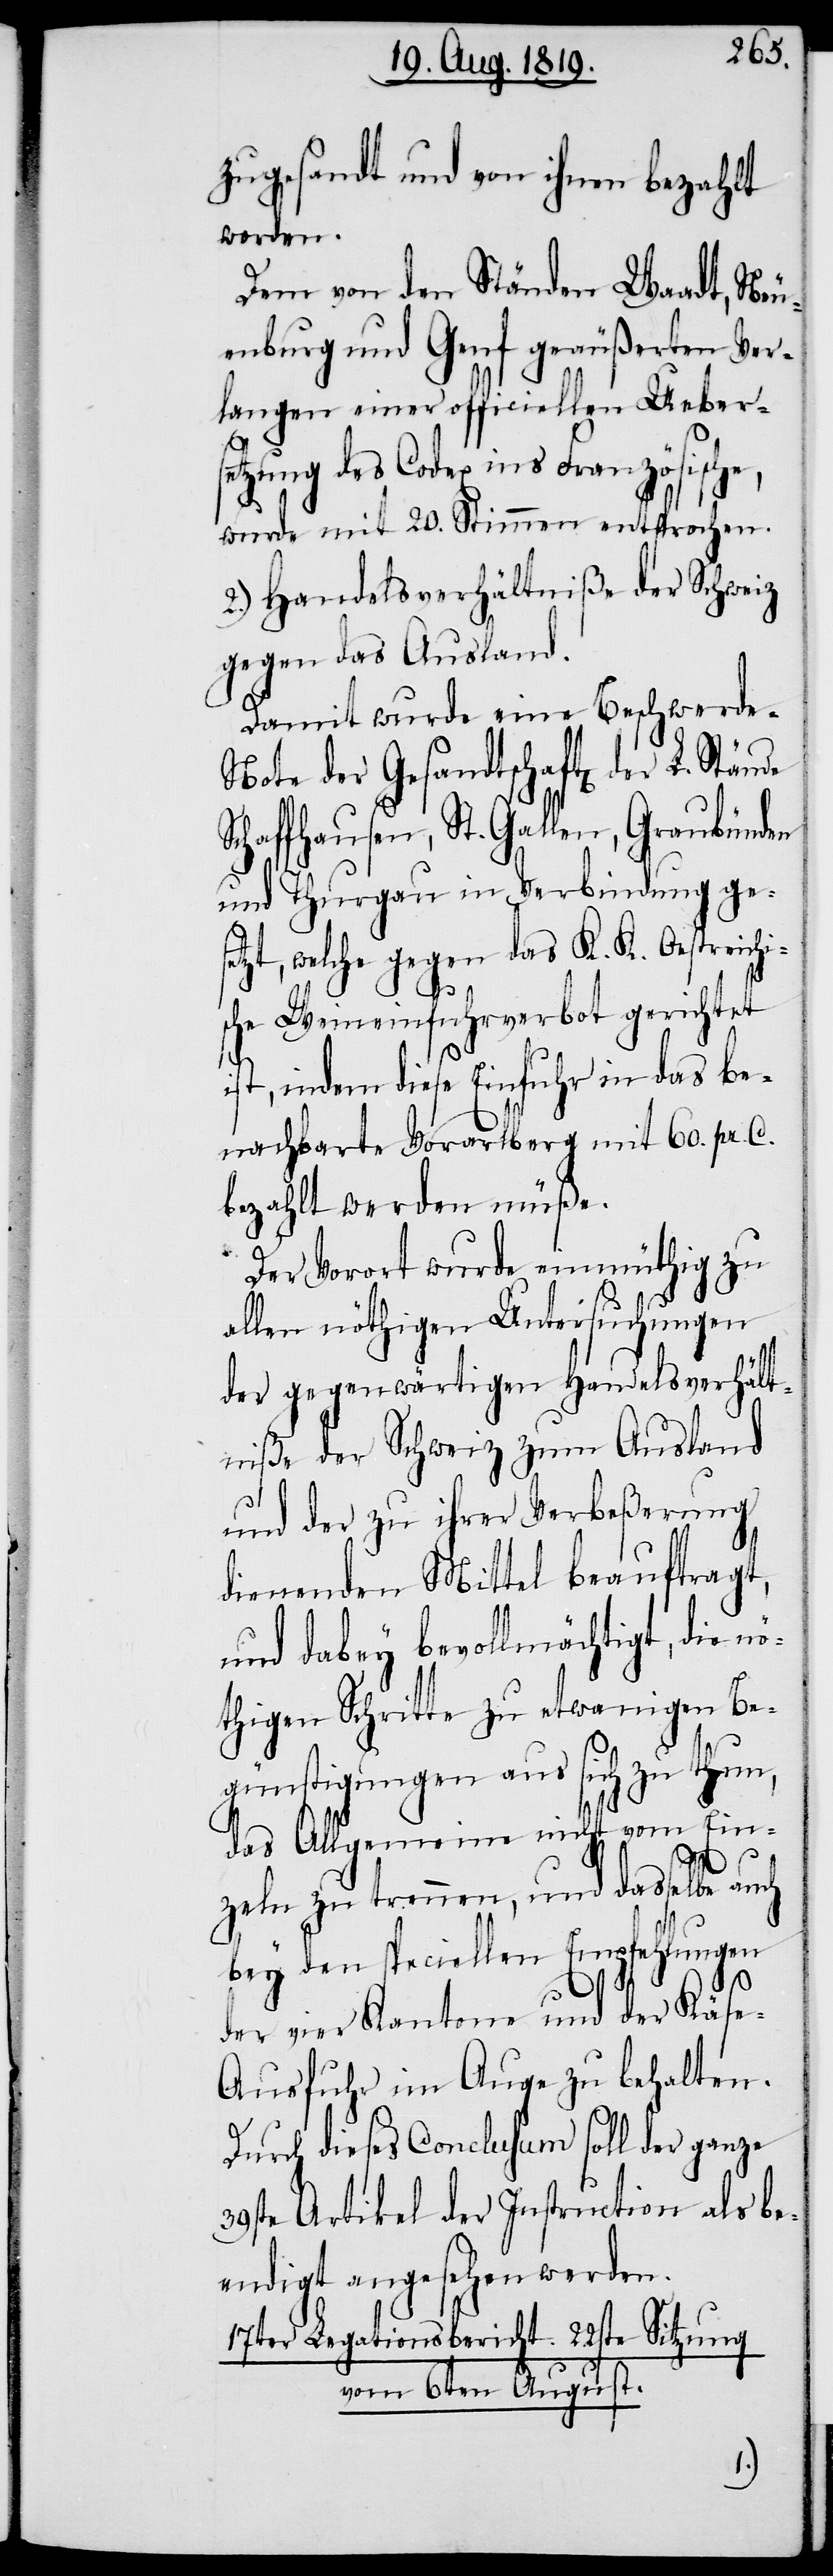
zugesandt und von ihnen bezahlt
worden.
Dem von den Ständen Waadt, Neu¬
enburg und Genf geäußerten Ver¬
langen einer officiellen Uebers¬
etzung des Codex ins Französische,
wurde mit 20. Stimmen entsprochen.
2.) Handelsverhältniße der Schweiz
gegen das Ausland.
Damit wurde eine Beschwerd¬
e-Note der Gesandtschaft[en] der
Schaffhausen, St. Gallen, Graubünden
und Thurgau in Verbindung ges¬
etzt, welche gegen das K. K. Oestreichi¬
sche Weineinfuhrverbot gerichtet
ist, indem diese Einfuhr in das be¬
nachbarte Vorarlberg mit 60. pr. C.
bezahlt werden müße.
Der Vorort wurde einmüthig zu
allen nöthigen Untersuchungen
der gegenwärtigen Handelsverhält¬
niße der Schweiz zum Ausland
und der zu ihrer Verbeßerung
dienenden Mittel beauftragt,
und dabey bevollmächtigt, die nö¬
thigen Schritte zu etwanigen Be¬
günstigungen aus sich zu thun,
das allgemeine nicht vom Ein¬
zeln zu trennen, und dasselbe auch
bey den speciellen Empfehlungen
der vier Kantone und der Käse-A¬
usfuhr im Auge zu behalten.
Durch dieses Conclusum soll der ganze
39ste Artikel der Instruction als be¬
endigt angesehen werden.
17ter Legationsbericht. 22ste Sitzung
vom 6ten August.